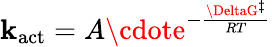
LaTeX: \mathbf{k}_{\mathrm{{act}}}=A\cdote^{-{\frac{{\DeltaG^{\ddagger}}}{{RT}}}}